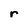
Character: r